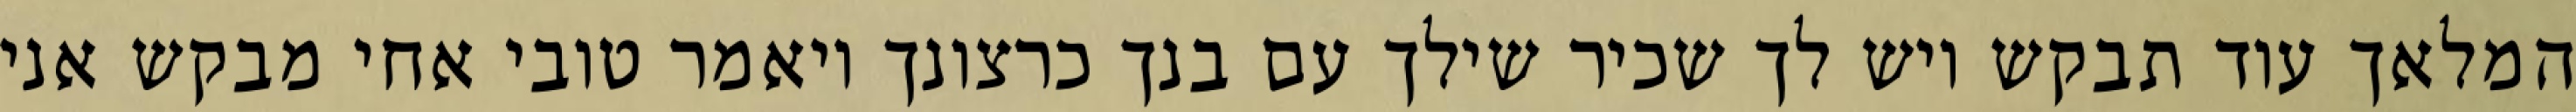
המלאך עוד תבקש ויש לך שכיר שילך עם בנך כרצונך ויאמר טובי אחי מבקש אני